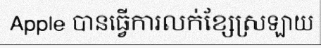
Apple បានធ្វើការលក់ខ្សែស្រឡាយ